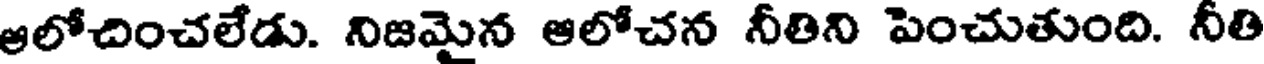
ఆలోచించలేడు. నిజమైన ఆలోచన నీతిని పెంచుతుంది. నీతి